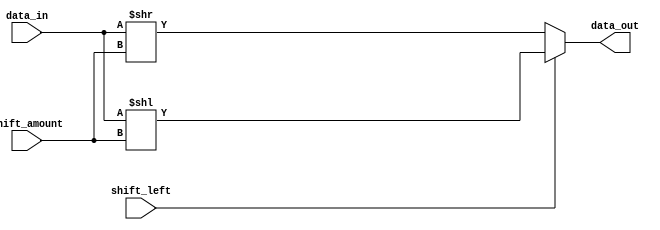
module Hybrid_Barrel_Shifter (
    input wire [31:0] data_in,
    input wire [4:0] shift_amount,
    input wire shift_left,
    output wire [31:0] data_out
);

reg [31:0] shifted_data;

always @(*)
begin
    if (shift_left)
        shifted_data = data_in << shift_amount;
    else
        shifted_data = data_in >> shift_amount;
end

assign data_out = shifted_data;

endmodule